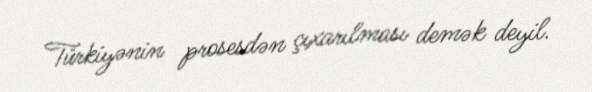
Türkiyənin prosesdən çıxarılması demək deyil.